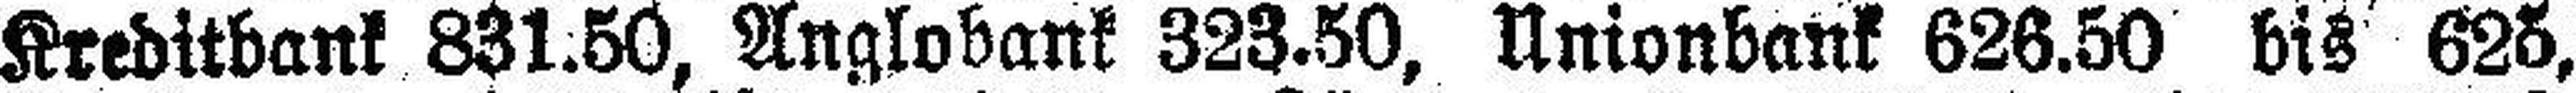
Kreditbank 831.50, Anglobank 323.50, Unionbank 626.50 bis 625,